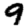
Digit: 9